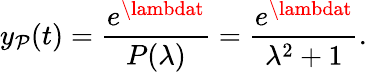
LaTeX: y_{\mathcal{P}}(t)={\frac{{e^{\lambdat}}}{{P(\lambda)}}}={\frac{{e^{\lambdat}}}{{\lambda^{2}+1}}}.